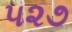
૫૨૭